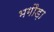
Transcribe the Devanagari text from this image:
भगौड़ा